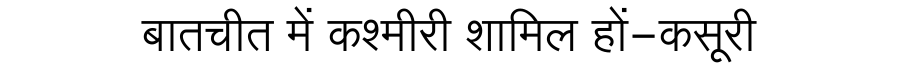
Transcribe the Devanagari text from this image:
बातचीत में कश्मीरी शामिल हों-कसूरी